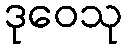
ဒုဝေသု